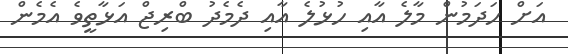
އަށް ހަދަމުން މާލެ އާއި ހުޅުލެ އާއި ދެމެދު ބްރިޖް އަޅާތީވެ އެމެން